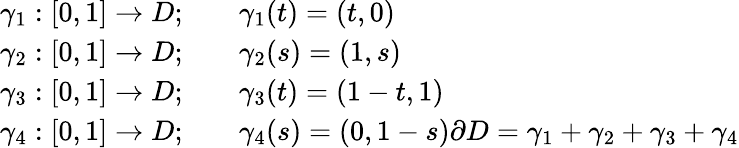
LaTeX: \begin{array}{rl}{\gamma_{1}:[0,1]\to D;\quad}&{{}\gamma_{1}(t)=(t,0)}\\ {\gamma_{2}:[0,1]\to D;\quad}&{{}\gamma_{2}(s)=(1,s)}\\ {\gamma_{3}:[0,1]\to D;\quad}&{{}\gamma_{3}(t)=(1-t,1)}\\ {\gamma_{4}:[0,1]\to D;\quad}&{{}\gamma_{4}(s)=(0,1-s)\partial D=\gamma_{1}+\gamma_{2}+\gamma_{3}+\gamma_{4}}\end{array}